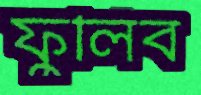
ফুলিব